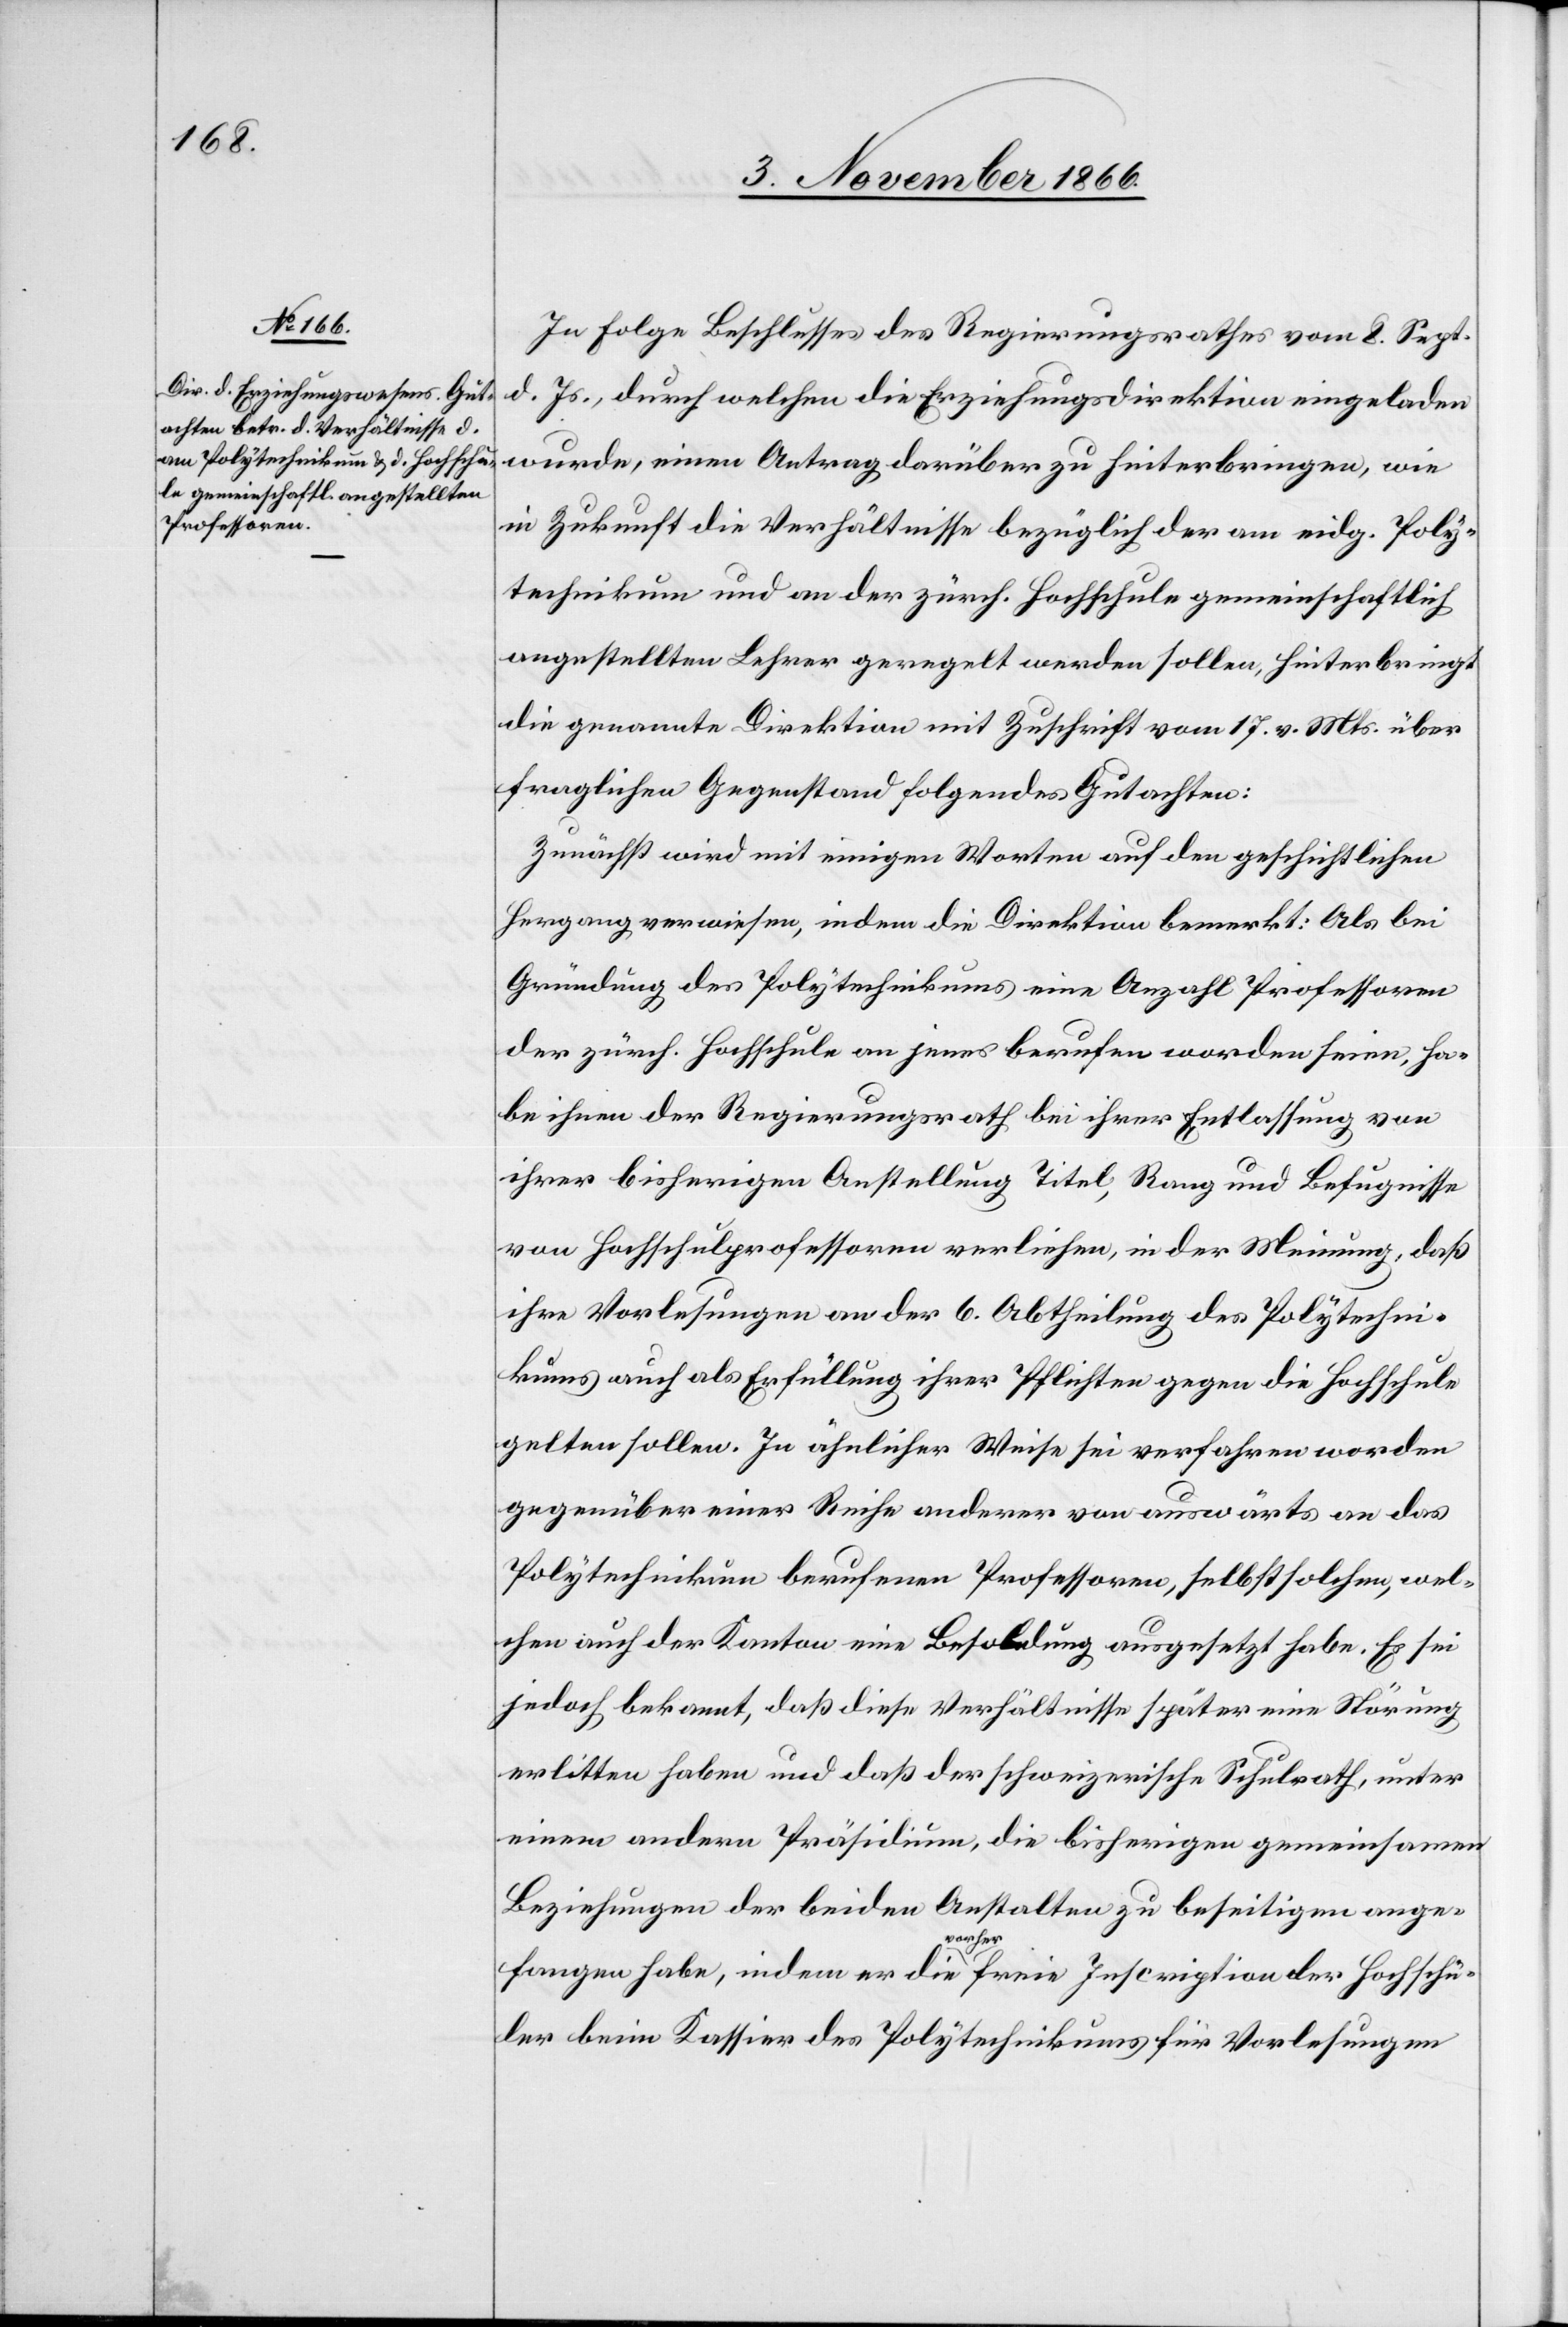
In Folge Beschlusses des Regierungsrathes vom 8. Sept.
d. Js., durch welchen die Erziehungsdirektion eingeladen
wurde, einen Antrag darüber zu hinterbringen, wie
in Zukunft die Verhältnisse bezüglich der am eidg. Poly¬
technikum und an der zürch. Hochschule gemeinschaftlich
angestellten Lehrer geregelt werden sollen, hinterbringt
die genannte Direktion mit Zuschrift vom 17. v. Mts. über
fraglichen Gegenstand folgendes Gutachten:
Zunächst wird mit einigen Worten auf den geschichtlichen
Hergang verwiesen, indem die Direktion bemerkt: Als bei
Gründung des Polytechnikums eine Anzahl Professoren
der zürch. Hochschule an jenes berufen worden seien, ha¬
be ihnen der Regierungsrath bei ihrer Entlassung von
ihrer bisherigen Anstellung Titel, Rang und Befugnisse
von Hochschulprofessoren verliehen, in der Meinung, daß
ihre Vorlesungen an der 6. Abtheilung des Polytechni¬
kums auch als Erfüllung ihrer Pflichten gegen die Hochschule
gelten sollen. In ähnlicher Weise sei verfahren worden
gegenüber einer Reihe anderer von auswärts an das
Polytechnikum berufenen Professoren, selbst solchen, wel¬
chen auch der Kanton eine Besoldung ausgesetzt habe. Es sei
jedoch bekannt, daß diese Verhältnisse später eine Störung
erlitten haben und daß der schweizerische Schulrath, unter
einem andern Präsidium, die bisherigen gemeinsamen
Beziehungen der beiden Anstalten zu beseitigen ange¬
fangen habe, indem er die vorher freie Inscription der Hochschü¬
ler beim Kassier des Polytechnikums für Vorlesungen